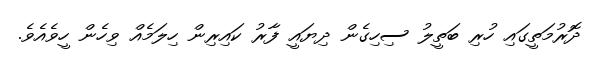
ދޮރުމަތީގައި ހުރި ބަތީލު ސިހިގެން ދިޔައީ ފާރު ކައިރިން ހިލަމެއް ވިހެން ހީވެއެވެ.